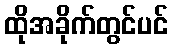
ထိုအခိုက်တွင်ပင်